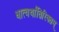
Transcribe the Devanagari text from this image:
धात्वर्थातिरिक्तम्